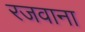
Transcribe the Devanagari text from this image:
रजवाना